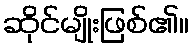
ဆိုင်မျိုးဖြစ်၏။